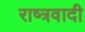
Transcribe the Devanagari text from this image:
राष्त्रवादी